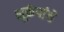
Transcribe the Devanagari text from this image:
भूकंपांचे